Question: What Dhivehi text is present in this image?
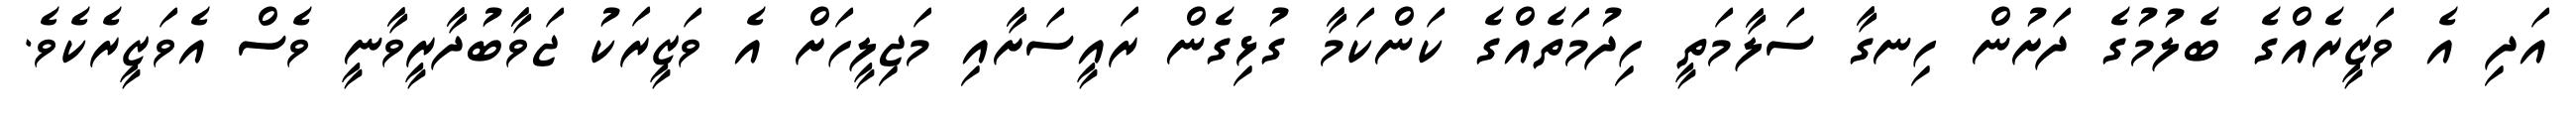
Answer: އަދި އެ ވަޒީރެއްގެ ބެލުމުގެ ދަށުން ހިނގާ ސަލާމަތީ ހިދުމަތެއްގެ ކަންކަމާ ގުޅިގެން ރައީސަށާއި މަޖިލީހަށް އެ ވަޒީރަކު ޖަވާބުދާރީވާނީ ވެސް އެވަޒީރެކެވެ.